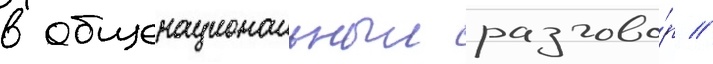
в общенациональныи разгово́р //